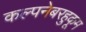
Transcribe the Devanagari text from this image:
कल्पनेबरहुकूम